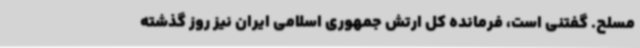
مسلح. گفتنی است، فرمانده کل ارتش جمهوری اسلامی ایران نیز روز گذشته